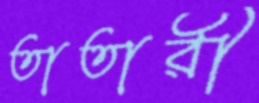
তাতারী